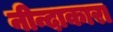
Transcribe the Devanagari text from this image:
नीन्दाकारा